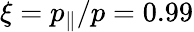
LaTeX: \xi=p_{\| }/p=0.99